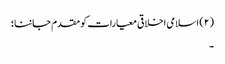
(۲) اسلامی اخلاقی معیارات کو مقدم جاننا؛
۔